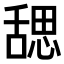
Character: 𬜉